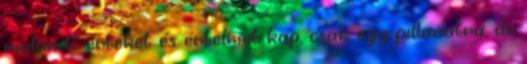
mulandó értéket és értelmet kap, csak egy pillanatra, de